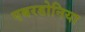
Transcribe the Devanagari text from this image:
एबरडोनिया